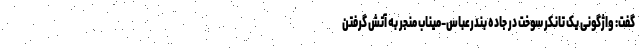
گفت: واژگونی یک تانکر سوخت در جاده بندرعباس-میناب منجر به آتش گرفتن